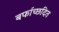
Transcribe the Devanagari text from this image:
बर्फाच्छदित